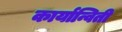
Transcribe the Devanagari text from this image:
कार्यान्विती